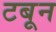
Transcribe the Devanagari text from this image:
टबून